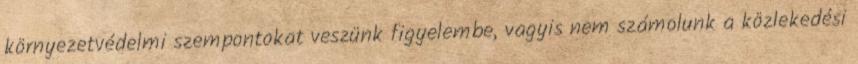
környezetvédelmi szempontokat veszünk figyelembe, vagyis nem számolunk a közlekedési